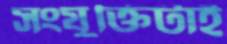
সংযুক্তিটাই